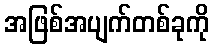
အဖြစ်အပျက်တစ်ခုကို